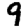
Digit: 9